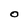
Character: O